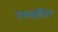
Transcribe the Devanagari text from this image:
गलबिस